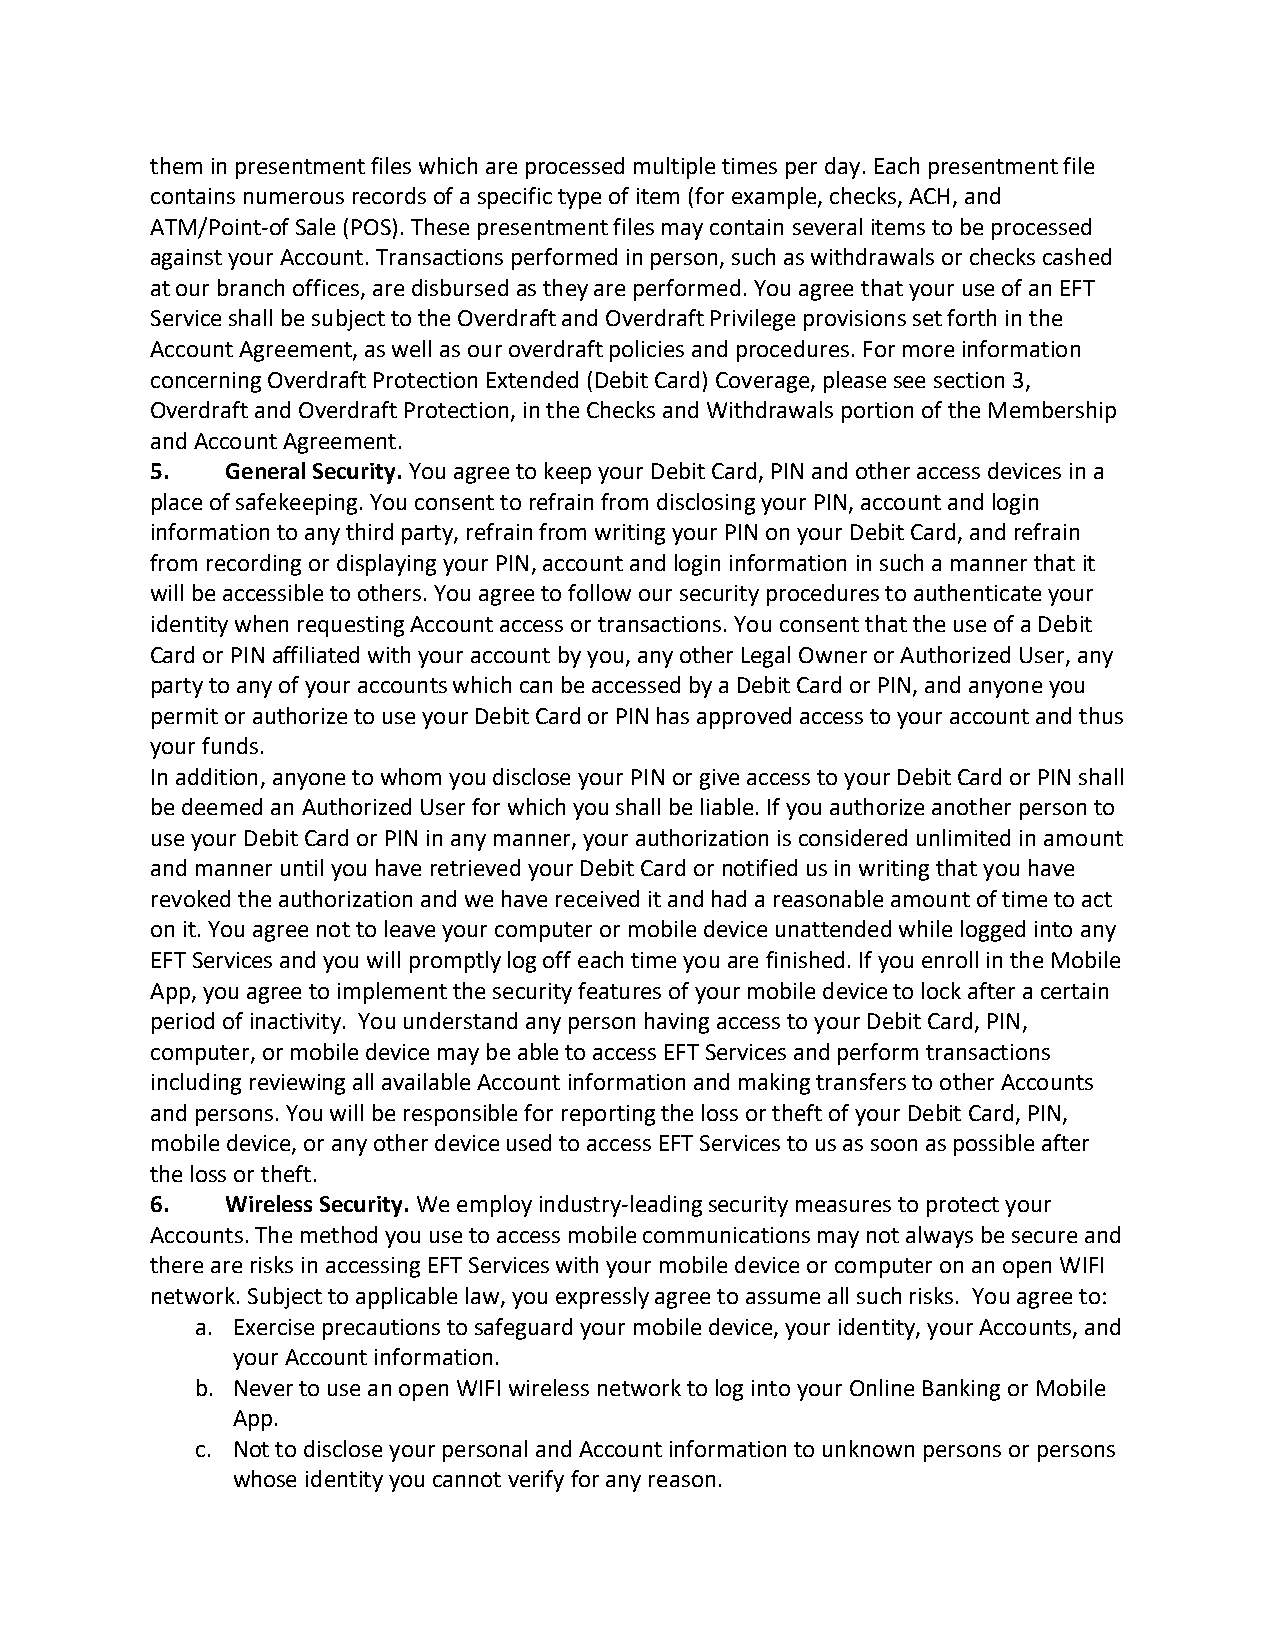
them in presentment files which are processed multiple times per day. Each presentment file
 contains numerous records of a specific type of item (for example, checks, ACH, and
 ATM/Point-of Sale (POS). These presentment files may contain several items to be processed
 against your Account. Transactions performed in person, such as withdrawals or checks cashed
 at our branch offices, are disbursed as they are performed. You agree that your use of an EFT
 Service shall be subject to the Overdraft and Overdraft Privilege provisions set forth in the
 Account Agreement, as well as our overdraft policies and procedures. For more information
 concerning Overdraft Protection Extended (Debit Card) Coverage, please see section 3,
 Overdraft and Overdraft Protection, in the Checks and Withdrawals portion of the Membership
 and Account Agreement.
 5.   General Security. You agree to keep your Debit Card, PIN and other access devices in a
 place of safekeeping. You consent to refrain from disclosing your PIN, account and login
 information to any third party, refrain from writing your PIN on your Debit Card, and refrain
 from recording or displaying your PIN, account and login information in such a manner that it
 will be accessible to others. You agree to follow our security procedures to authenticate your
 identity when requesting Account access or transactions. You consent that the use of a Debit
 Card or PIN affiliated with your account by you, any other Legal Owner or Authorized User, any
 party to any of your accounts which can be accessed by a Debit Card or PIN, and anyone you
 permit or authorize to use your Debit Card or PIN has approved access to your account and thus
 your funds.
 In addition, anyone to whom you disclose your PIN or give access to your Debit Card or PIN shall
 be deemed an Authorized User for which you shall be liable. If you authorize another person to
 use your Debit Card or PIN in any manner, your authorization is considered unlimited in amount
 and manner until you have retrieved your Debit Card or notified us in writing that you have
 revoked the authorization and we have received it and had a reasonable amount of time to act
 on it. You agree not to leave your computer or mobile device unattended while logged into any
 EFT Services and you will promptly log off each time you are finished. If you enroll in the Mobile
 App, you agree to implement the security features of your mobile device to lock after a certain
 period of inactivity. You understand any person having access to your Debit Card, PIN,
 computer, or mobile device may be able to access EFT Services and perform transactions
 including reviewing all available Account information and making transfers to other Accounts
 and persons. You will be responsible for reporting the loss or theft of your Debit Card, PIN,
 mobile device, or any other device used to access EFT Services to us as soon as possible after
 the loss or theft.
 6.   Wireless Security. We employ industry-leading security measures to protect your
 Accounts. The method you use to access mobile communications may not always be secure and
 there are risks in accessing EFT Services with your mobile device or computer on an open WIFI
 network. Subject to applicable law, you expressly agree to assume all such risks. You agree to:
 a. Exercise precautions to safeguard your mobile device, your identity, your Accounts, and
 your Account information.
 b. Never to use an open WIFI wireless network to log into your Online Banking or Mobile
 App.
 c. Not to disclose your personal and Account information to unknown persons or persons
 whose identity you cannot verify for any reason.